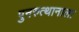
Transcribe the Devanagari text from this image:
पुनरुत्थानाला